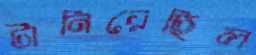
টানিয়েছিল